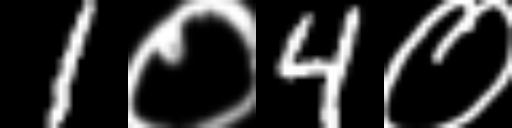
Text: 1०4०